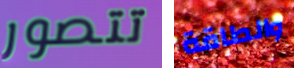
تتصور والطاقة